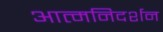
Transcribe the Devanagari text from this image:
आत्मनिदर्शन